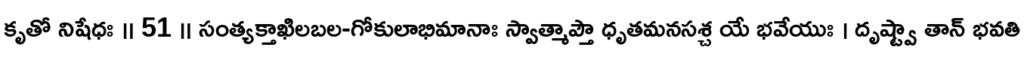
కృతో నిషేధః ॥ 51 ॥ సంత్యక్తాఖిలబల-గోకులాభిమానాః స్వాత్మాప్తౌ ధృతమనసశ్చ యే భవేయుః । దృష్ట్వా తాన్ భవతి